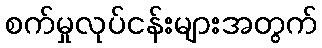
စက်မှုလုပ်ငန်းများအတွက်